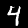
Label: 4